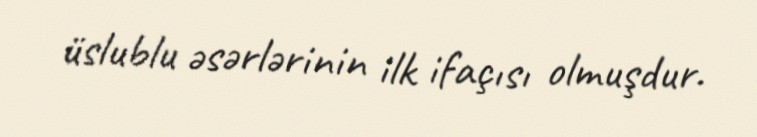
üslublu əsərlərinin ilk ifaçısı olmuşdur.